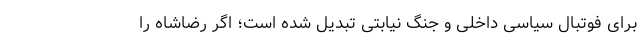
برای فوتبال سیاسی داخلی و جنگ نیابتی تبدیل شده است؛ اگر رضاشاه را